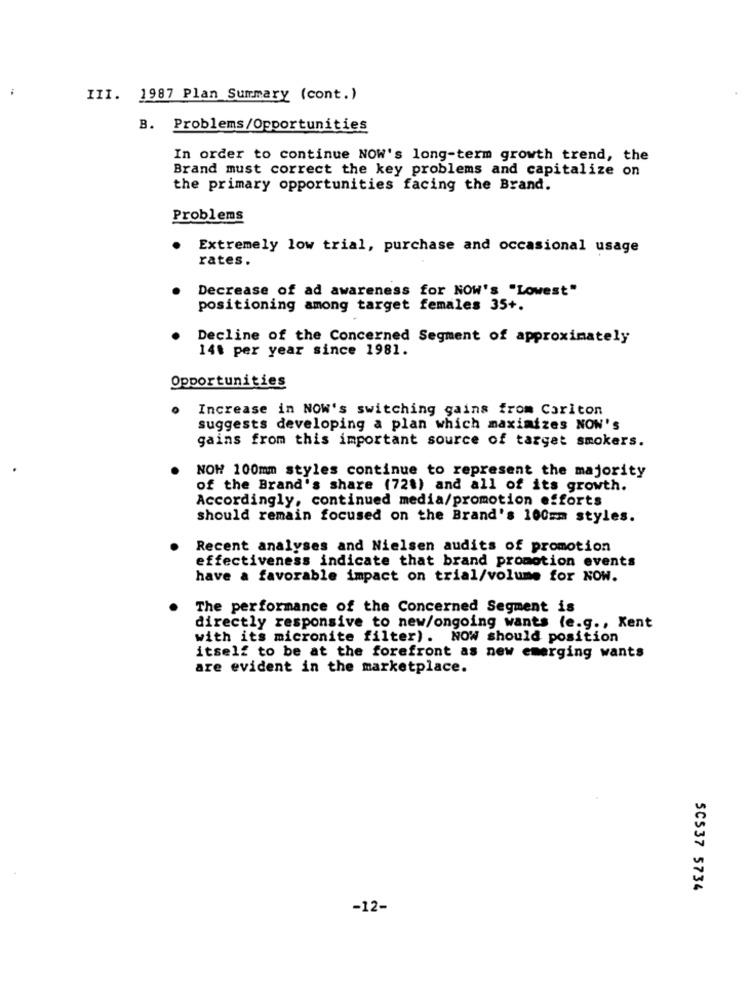
III. 1987 Plan Summary (cont.)
B. Problems/Opportunities
In order to continue NOW's long-term growth trend, the
Brand must correct the key problems and capitalize on
the primary opportunities facing the Brand.
Problems
Extremely low trial, purchase and occasional usage
rates.
Decrease of ad awareness for NOW's "Lowest"
positioning among target females 35+.
Decline of the Concerned Segment of approximately
14t per year since 1981.
Opportunities
Increase in NOW's switching gains from Carlton
suggests developing a plan which maximizes NON's
gains from this important source of target smokers.
NOW 100mm styles continue to represent the majority
of the Brand's share (721) and all of its growth.
Accordingly, continued media/promotion efforts
should remain focused on the Brand's 100mm styles.
Recent analyses and Nielsen audits of promotion
effectiveness indicate that brand promotion events
have a favorable impact on trial/volume for NOW.
The performance of the Concerned Segment is
directly responsive to new/ongoing wants (e.g ., Kent
with its micronite filter). NOW should position
itself to be at the forefront as new emerging wants
are evident in the marketplace.
5C537 5734
-12-